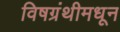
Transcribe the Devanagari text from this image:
विषग्रंथीमधून